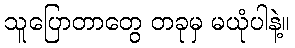
သူပြောတာတွေ တခုမှ မယုံပါနဲ့။